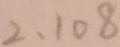
2 , 1 0 8